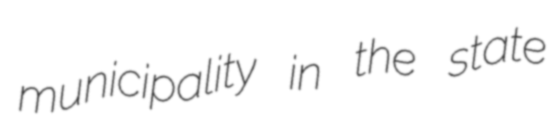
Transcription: municipality in the state